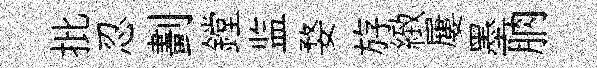
批忍劃鏜监婺斿緻屢墨朒